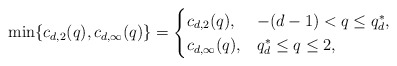
\begin{align*}\min\{c_{d,2}(q), c_{d,\infty}(q)\} = \begin{cases} c_{d,2}(q), & -(d-1) < q \leq q_d^*, \\ c_{d,\infty}(q), & q_d^* \leq q \leq 2, \end{cases}\end{align*}